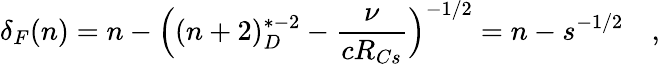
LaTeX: \delta_{F}(n)=n-\Big((n+2)_{D}^{*-2}-\frac{\nu}{cR_{Cs}}\Big)^{-1/2}=n-s^{-1/2}\quad,